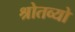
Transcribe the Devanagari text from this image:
श्रोतव्यो